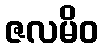
ဇလမိဝ